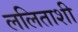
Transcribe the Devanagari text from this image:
ललिताशी